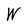
Character: W